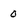
Character: 0